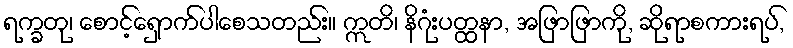
ရက္ခတု၊ စောင့်ရှောက်ပါစေသတည်း။ ဣတိ၊ နိဂုံးပတ္ထနာ, အဖြာဖြာကို, ဆိုရာစကားရပ်,